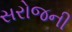
સરોજની